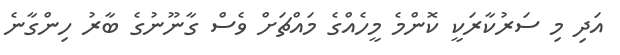
އަދި މި ސަރުކާރަކީ ކޮންމެ މީހެއްގެ މައްޗަށް ވެސް ގާނޫނުގެ ބާރު ހިންގާނެ